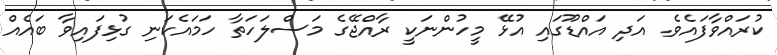
ކުރައްވާފައެވެ. އަދި އައްޑޫގައި އުޅޭ މީހުންނަކީ ރާއްޖޭގެ މަސްލަހަތާ ހަމައެކަނި ގުޅިފައިވާ ބައެއް